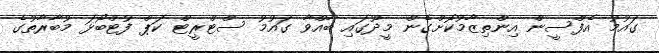
ގައުމު އެފްސީން އިންތިޒާމުކޮށްގެން މީދޫގައި ބާއްވާ ގައުމު ސްޓްރީޓް ކަޕް ފުޓްބޯޅަ މުބާރާތުގެ